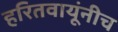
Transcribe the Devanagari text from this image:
हरितवायूंनीच